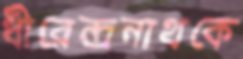
ধীরেন্দ্রনাথকে